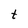
Character: t